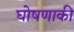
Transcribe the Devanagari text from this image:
घोषणाकी